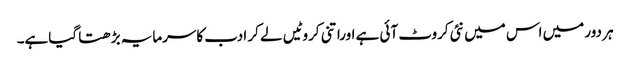
ہر دور میں اس میں نئی کروٹ آئی ہے اوراتنی کروٹیں لے کر ادب کاسرمایہ بڑھتا گیاہے۔